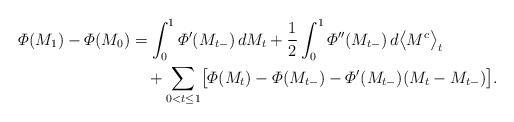
\begin{align*}\varPhi(M_1)-\varPhi(M_0)&=\int_0^1\varPhi'(M_{t-})\, dM_t+{1\over2}\int_0^1\varPhi''(M_{t-})\, d \bigl\langle M^c\bigr\rangle_{t}\\&\quad+\sum_{0< t\leq1} \bigl[\varPhi(M_{t})-\varPhi(M_{t-})-\varPhi '(M_{t-})(M_t-M_{t-}) \bigr].\end{align*}